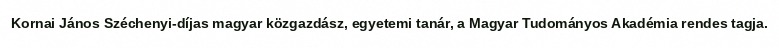
Kornai János Széchenyi-díjas magyar közgazdász, egyetemi tanár, a Magyar Tudományos Akadémia rendes tagja.